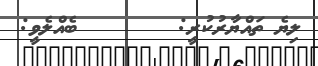
ލިޔެ ތައްޔާރުކުރީ:        ބެއްލެވީ: